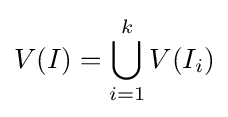
V(I)=\bigcup _{i=1}^{k}V(I_{i})